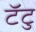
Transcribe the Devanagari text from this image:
टॅटु